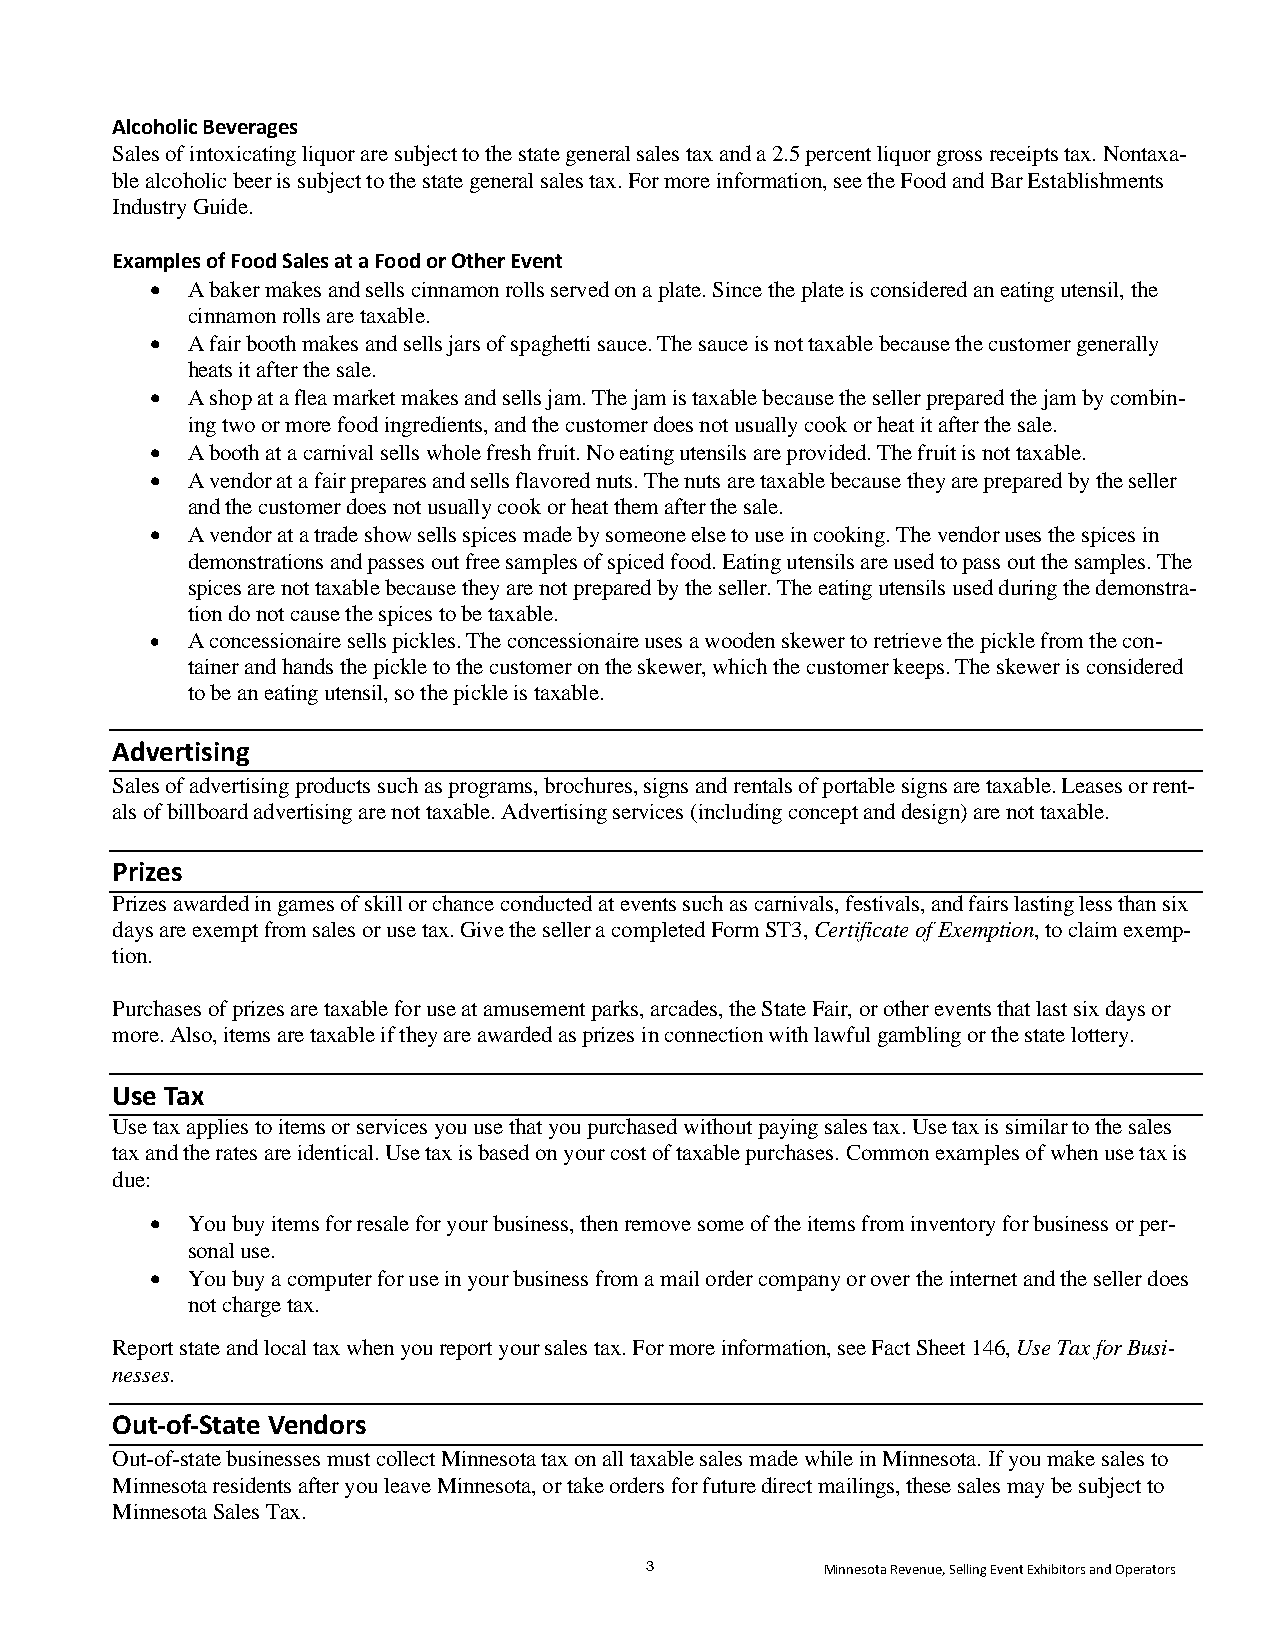
Alcoholic Beverages
 Sales of intoxicating liquor are subject to the state general sales tax and a 2.5 percent liquor gross receipts tax. Nontaxa-
 ble alcoholic beer is subject to the state general sales tax. For more information, see the Food and Bar Establishments
 Industry Guide.
 Examples of Food Sales at a Food or Other Event
  A baker makes and sells cinnamon rolls served on a plate. Since the plate is considered an eating utensil, the
 cinnamon rolls are taxable.
  A fair booth makes and sells jars of spaghetti sauce. The sauce is not taxable because the customer generally
 heats it after the sale.
  A shop at a flea market makes and sells jam. The jam is taxable because the seller prepared the jam by combin-
 ing two or more food ingredients, and the customer does not usually cook or heat it after the sale.
  A booth at a carnival sells whole fresh fruit. No eating utensils are provided. The fruit is not taxable.
  A vendor at a fair prepares and sells flavored nuts. The nuts are taxable because they are prepared by the seller
 and the customer does not usually cook or heat them after the sale.
  A vendor at a trade show sells spices made by someone else to use in cooking. The vendor uses the spices in
 demonstrations and passes out free samples of spiced food. Eating utensils are used to pass out the samples. The
 spices are not taxable because they are not prepared by the seller. The eating utensils used during the demonstra-
 tion do not cause the spices to be taxable.
  A concessionaire sells pickles. The concessionaire uses a wooden skewer to retrieve the pickle from the con-
 tainer and hands the pickle to the customer on the skewer, which the customer keeps. The skewer is considered
 to be an eating utensil, so the pickle is taxable.
 Advertising
 Sales of advertising products such as programs, brochures, signs and rentals of portable signs are taxable. Leases or rent-
 als of billboard advertising are not taxable. Advertising services (including concept and design) are not taxable.
 Prizes
 Prizes awarded in games of skill or chance conducted at events such as carnivals, festivals, and fairs lasting less than six
 days are exempt from sales or use tax. Give the seller a completed Form ST3, Certificate of Exemption, to claim exemp-
 tion.
 Purchases of prizes are taxable for use at amusement parks, arcades, the State Fair, or other events that last six days or
 more. Also, items are taxable if they are awarded as prizes in connection with lawful gambling or the state lottery.
 Use Tax
 Use tax applies to items or services you use that you purchased without paying sales tax. Use tax is similar to the sales
 tax and the rates are identical. Use tax is based on your cost of taxable purchases. Common examples of when use tax is
 due:
  You buy items for resale for your business, then remove some of the items from inventory for business or per-
 sonal use.
  You buy a computer for use in your business from a mail order company or over the internet and the seller does
 not charge tax.
 Report state and local tax when you report your sales tax. For more information, see Fact Sheet 146, Use Tax for Busi-
 nesses.
 Out-of-State Vendors
 Out-of-state businesses must collect Minnesota tax on all taxable sales made while in Minnesota. If you make sales to
 Minnesota residents after you leave Minnesota, or take orders for future direct mailings, these sales may be subject to
 Minnesota Sales Tax.
 3           Minnesota Revenue, Selling Event Exhibitors and Operators